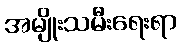
အမျိုးသမီးရေးရာ